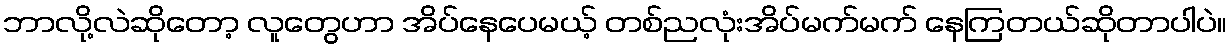
ဘာလို့လဲဆိုတော့ လူတွေဟာ အိပ်နေပေမယ့် တစ်ညလုံးအိပ်မက်မက် နေကြတယ်ဆိုတာပါပဲ။